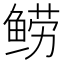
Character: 𬶗